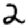
Digit: 2